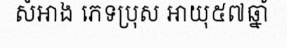
សំអាង ភេទប្រុស អាយុ៥៧ឆ្នាំ